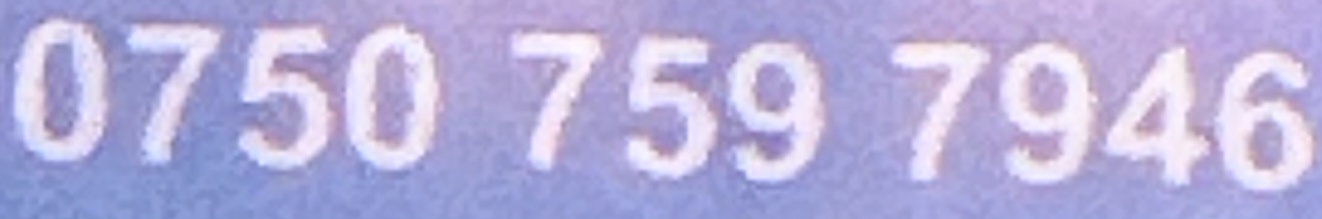
0750 759 7946